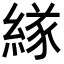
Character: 𦂁